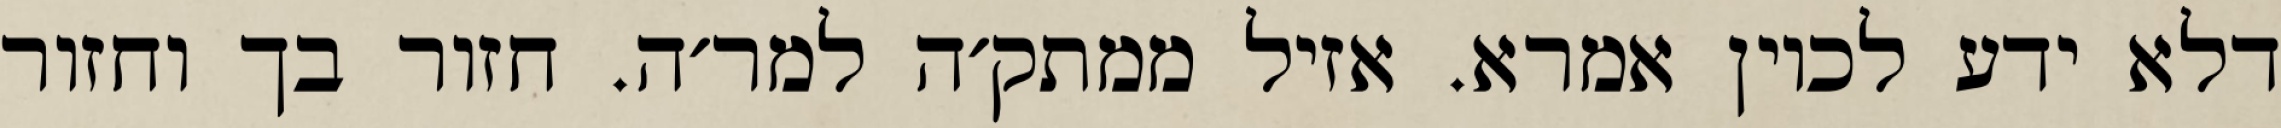
דלא ידע לכוין אמרא. אזיל ממתק׳ה למר׳ה. חזור בך וחזור